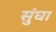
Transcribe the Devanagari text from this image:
सुंघा